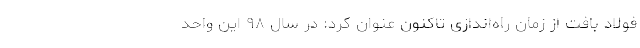
فولاد بافت از زمان راه‌اندازی تاکنون عنوان کرد: در سال ۹۸ این واحد